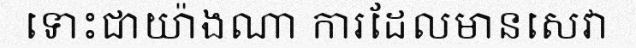
ទោះជាយ៉ាងណា ការដែលមានសេវា